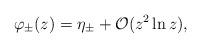
LaTeX: \begin{align*} \varphi_\pm (z) = \eta_\pm + \mathcal{O}(z^2\ln z), \end{align*}